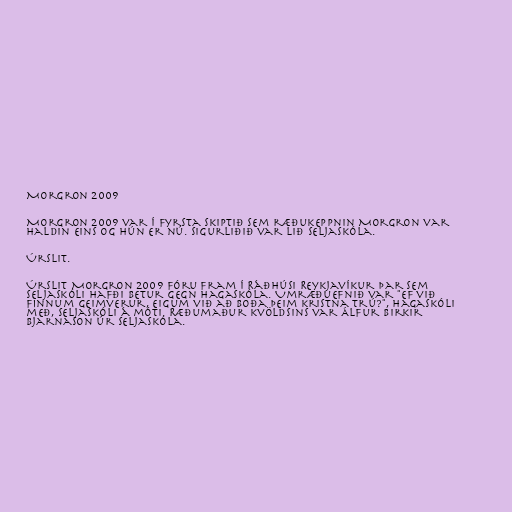
Morgron 2009

Morgron 2009 var í fyrsta skiptið sem ræðukeppnin Morgron var
haldin eins og hún er nú. Sigurliðið var lið Seljaskóla.

Úrslit.

Úrslit Morgron 2009 fóru fram í Ráðhúsi Reykjavíkur þar sem
Seljaskóli hafði betur gegn Hagaskóla. Umræðuefnið var "Ef við
finnum geimverur, eigum við að boða þeim kristna trú?", Hagaskóli
með, Seljaskóli á móti. Ræðumaður kvöldsins var Álfur Birkir
Bjarnason úr Seljaskóla.